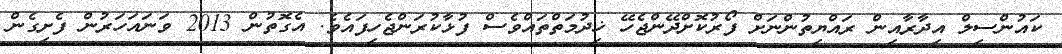
ކައުންސިލް އިދާރާއިން ރައްޔިތުންނަށް ފޯރުކޮށްދޭންޖެހޭ ޚިދުމަތްތައްވެސް ފުޅާކުރަންޖެހިފައެވެ. އެގޮތުން 2013 ވަނައަހަރުން ފެށިގެން